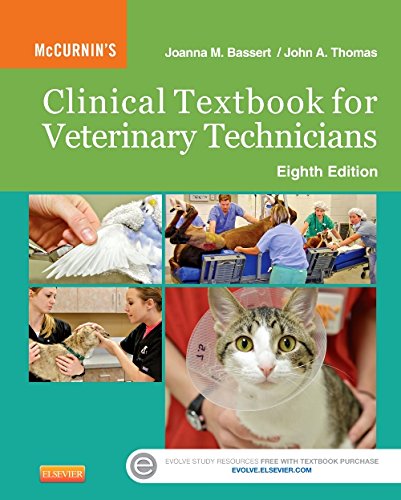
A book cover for McCurnin's Clinical Textbook for Veterinary Technicians, 8e; Joanna M. Bassert VMD; Medical Books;